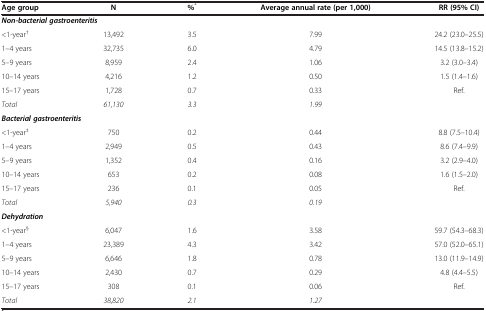
| Age group | N | %* | Average annual rate (per 1,000) | RR (95% CI) |
 | --- | --- | --- | --- | --- |
 | <COLSPAN=5> Non-bacterial gastroenteritis |
 | <1-year† | 13,492 | 3.5 | 7.99 | 24.2 (23.0–25.5) |
 | 1–4 years | 32,735 | 6.0 | 4.79 | 14.5 (13.8–15.2) |
 | 5–9 years | 8,959 | 2.4 | 1.06 | 3.2 (3.0–3.4) |
 | 10–14 years | 4,216 | 1.2 | 0.50 | 1.5 (1.4–1.6) |
 | 15–17 years | 1,728 | 0.7 | 0.33 | Ref. |
 | Total | 61,130 | 3.3 | 1.99 |  |
 | <COLSPAN=5> Bacterial gastroenteritis |
 | <1-year‡ | 750 | 0.2 | 0.44 | 8.8 (7.5–10.4) |
 | 1–4 years | 2,949 | 0.5 | 0.43 | 8.6 (7.4–9.9) |
 | 5–9 years | 1,352 | 0.4 | 0.16 | 3.2 (2.9–4.0) |
 | 10–14 years | 653 | 0.2 | 0.08 | 1.6 (1.5–2.0) |
 | 15–17 years | 236 | 0.1 | 0.05 | Ref. |
 | Total | 5,940 | 0.3 | 0.19 |  |
 | <COLSPAN=5> Dehydration |
 | <1-year§ | 6,047 | 1.6 | 3.58 | 59.7 (54.3–68.3) |
 | 1–4 years | 23,389 | 4.3 | 3.42 | 57.0 (52.0–65.1) |
 | 5–9 years | 6,646 | 1.8 | 0.78 | 13.0 (11.9–14.9) |
 | 10–14 years | 2,430 | 0.7 | 0.29 | 4.8 (4.4–5.5) |
 | 15–17 years | 308 | 0.1 | 0.06 | Ref. |
 | Total | 38,820 | 2.1 | 1.27 |  |